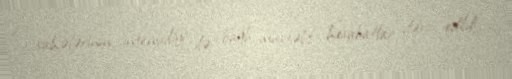
sahələrinin intensivliyi ilə bağlı müxtəlif hesabatlar dərc edildi.